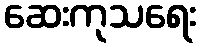
ဆေးကုသရေး